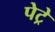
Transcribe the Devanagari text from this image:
पेट्रे